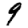
Digit: 9